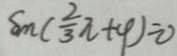
\sin ( \frac { 2 } { 3 } \pi + \varphi ) = 0